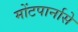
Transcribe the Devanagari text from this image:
मोंटपार्नासे